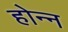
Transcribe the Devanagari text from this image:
होन्न